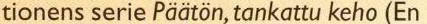
tionens serie Päatön,tankattu keho(En